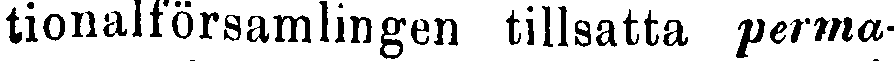
tionalförsamlingen tillsatta perma-